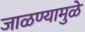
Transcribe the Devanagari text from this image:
जाळण्यामुळे